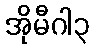
အိုမီဂါ၃